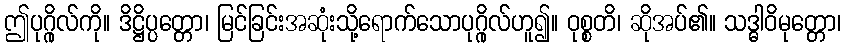
ဤပုဂ္ဂိုလ်ကို။ ဒိဋ္ဌိပ္ပတ္တော၊ မြင်ခြင်းအဆုံးသို့ရောက်သောပုဂ္ဂိုလ်ဟူ၍။ ဝုစ္စတိ၊ ဆိုအပ်၏။ သဒ္ဓါဝိမုတ္တော၊